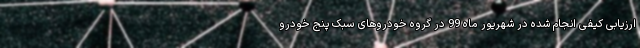
ارزیابی کیفی انجام شده در شهریور ماه 99 در گروه خودروهای سبک پنج خودرو